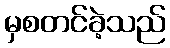
မှစတင်ခဲ့သည်